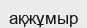
ақжұмыр